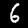
Digit: 6